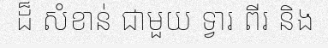
ដ៏ សំខាន់ ជាមួយ ទ្វារ ពីរ និង